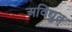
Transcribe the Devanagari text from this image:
अविद्युत्